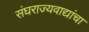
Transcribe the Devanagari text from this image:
संघराज्यवाद्यांचा